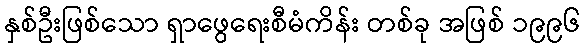
နှစ်ဦးဖြစ်သော ရှာဖွေရေးစီမံကိန်း တစ်ခု အဖြစ် ၁၉၉၆